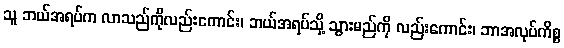
သူ ဘယ်အရပ်က လာသည်ကိုလည်းကောင်း၊ ဘယ်အရပ်သို့ သွားမည်ကို လည်းကောင်း၊ ဘာအလုပ်ကိစ္စ